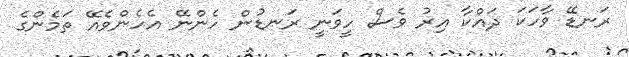
ރަނޑޭ ވާހަކަ ދައްކާ އިރު ވެސް ހީވަނީ ރަނޑުން ހެންނޭ އެހެންވެއޭ ތަމެންގެ